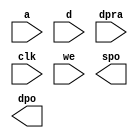
module reg_half(
	a,
	d,
	dpra,
	clk,
	we,
	spo,
	dpo);


input [4 : 0] a;
input [31 : 0] d;
input [4 : 0] dpra;
input clk;
input we;
output [31 : 0] spo;
output [31 : 0] dpo;

// synthesis translate_off

      DIST_MEM_GEN_V4_1 #(
		.C_ADDR_WIDTH(5),
		.C_DEFAULT_DATA("0"),
		.C_DEPTH(32),
		.C_HAS_CLK(1),
		.C_HAS_D(1),
		.C_HAS_DPO(1),
		.C_HAS_DPRA(1),
		.C_HAS_I_CE(0),
		.C_HAS_QDPO(0),
		.C_HAS_QDPO_CE(0),
		.C_HAS_QDPO_CLK(0),
		.C_HAS_QDPO_RST(0),
		.C_HAS_QDPO_SRST(0),
		.C_HAS_QSPO(0),
		.C_HAS_QSPO_CE(0),
		.C_HAS_QSPO_RST(0),
		.C_HAS_QSPO_SRST(0),
		.C_HAS_SPO(1),
		.C_HAS_SPRA(0),
		.C_HAS_WE(1),
		.C_MEM_INIT_FILE("no_coe_file_loaded"),
		.C_MEM_TYPE(2),
		.C_PARSER_TYPE(1),
		.C_PIPELINE_STAGES(0),
		.C_QCE_JOINED(0),
		.C_QUALIFY_WE(0),
		.C_READ_MIF(0),
		.C_REG_A_D_INPUTS(0),
		.C_REG_DPRA_INPUT(0),
		.C_SYNC_ENABLE(1),
		.C_WIDTH(32))
	inst (
		.A(a),
		.D(d),
		.DPRA(dpra),
		.CLK(clk),
		.WE(we),
		.SPO(spo),
		.DPO(dpo),
		.SPRA(),
		.I_CE(),
		.QSPO_CE(),
		.QDPO_CE(),
		.QDPO_CLK(),
		.QSPO_RST(),
		.QDPO_RST(),
		.QSPO_SRST(),
		.QDPO_SRST(),
		.QSPO(),
		.QDPO());


// synthesis translate_on

// XST black box declaration
// box_type "black_box"
// synthesis attribute box_type of reg_half is "black_box"

endmodule